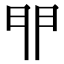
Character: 𨳈